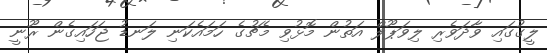
ލީގުގައި ވާދަވެރި ލިވަޕޫލް އަތުން މޮޅުވި މެޗުގެ ހަމައެކަނި ލަނޑު ޖަހައިގެން ރޫނީ